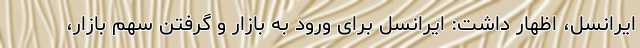
ایرانسل، اظهار داشت: ایرانسل برای ورود به بازار و گرفتن سهم بازار،